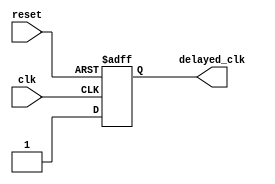
module RC_delay_circuit (
    input wire clk,
    input wire reset,
    output wire delayed_clk
);

reg delayed_clk_reg;

// Parameters for the resistor and capacitor values
parameter resistor_val = 100; // replace with actual resistor value
parameter capacitor_val = 0.001; // replace with actual capacitor value

// RC time constant calculation
parameter time_constant = resistor_val * capacitor_val;

// Delay calculation
always @(posedge clk or posedge reset) begin
    if (reset) begin
        delayed_clk_reg <= 1'b0;
    end else begin
        if (delayed_clk_reg && ~delayed_clk) begin
            delayed_clk_reg <= 1'b1;
        end else begin
            delayed_clk_reg <= #time_constant 1'b1;
        end
    end
end

assign delayed_clk = delayed_clk_reg;

endmodule